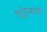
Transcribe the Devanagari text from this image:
चंद्रनामा